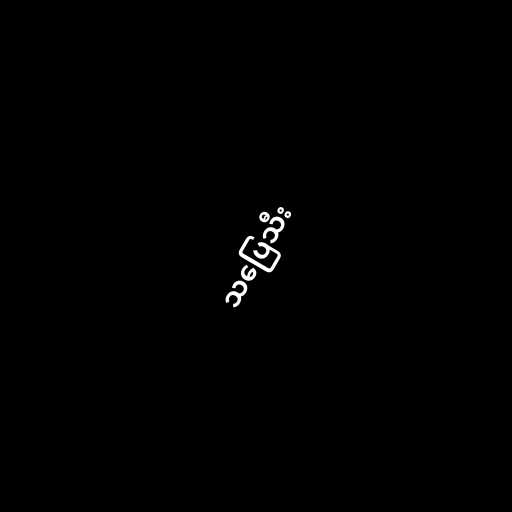
သပြေသီး